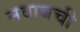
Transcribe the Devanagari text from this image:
नवाबची